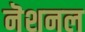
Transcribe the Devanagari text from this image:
नॆशनल